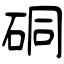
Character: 硐